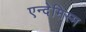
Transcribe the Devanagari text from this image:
एन्देमिस्म